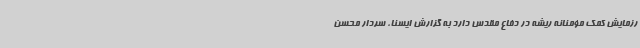
رزمایش کمک مؤمنانه ریشه در دفاع مقدس دارد به گزارش ایسنا، سردار محسن